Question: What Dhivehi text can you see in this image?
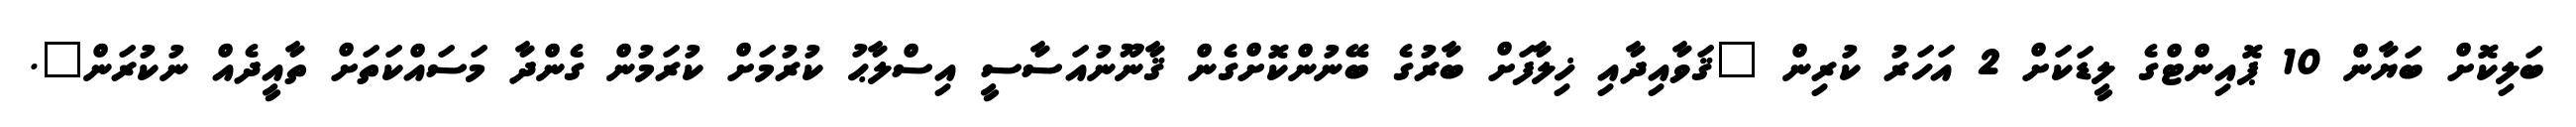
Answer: ބަލިކޮށް ބަޔާން 10 ޕޮއިންޓްގެ ލީޑަކަށް 2 އަހަރު ކުރިން "ޤަވާއިދާއި ޚިލާފަށް ބާރުގެ ބޭނުންކޮށްގެން ޤާނޫނުއަސާސީ އިސްލާޙު ކުރުމަށް ކުރަމުން ގެންދާ މަސައްކަތަށް ތާއީދެއް ނުކުރަން".